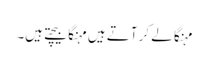
مہنگا لے کر آتے ہیں مہنگا بیچتے ہیں۔